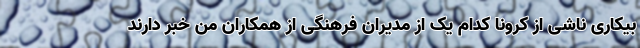
بیکاری ناشی از کرونا کدام یک از مدیران فرهنگی از همکاران من خبر دارند